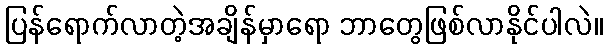
ပြန်ရောက်လာတဲ့အချိန်မှာရော ဘာတွေဖြစ်လာနိုင်ပါလဲ။